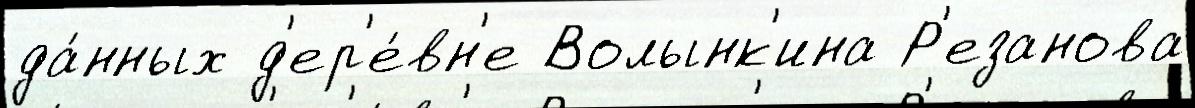
да́нных д'ер'е́вн'е Волынк'ина Р'езанова